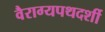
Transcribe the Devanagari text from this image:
वैराग्यपथदर्शी